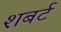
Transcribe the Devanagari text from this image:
शबर्ट